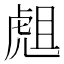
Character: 䖕